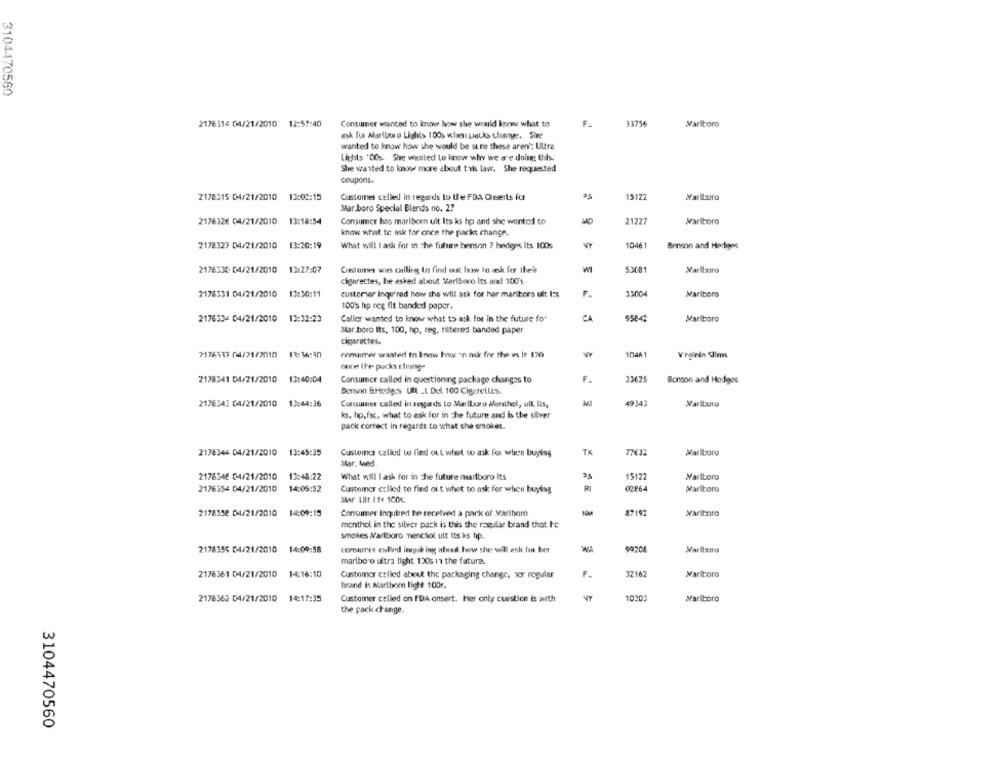
3104470560
2176316 04/21/2010 12:57:40
33756
Consumer wanted to know how she would know what to
Marlboro
ask for Marlboro Lidlits 100s when packs changer. Siee
wanted to know how she would be sure these aren': Ultra
Lights "OOs. She wanted to know why we are doing this.
She wanted to know more about this law. She requested
coupons.
2178315 04/21/2010 13:02:15
Customer celled in regards to the FDA Onverts fur
15122
Mar.boro Special Blends no. 27
2176326 04/21/2010 13:18:54
Consumer has marlboro uit Its iss hp and she wanted to
21227
Marlboro
know what to nik for once the packs change.
AN
13:20:19
10461
Benson and Hedges
2178327 04/21/2010
What will I ask for in the future benson 7 hedges Its 100
2176330 04/21/2010 13:27:07
Customes was calling In find out how to ask for the'
53081
cigarettes, he asked about Marlboro Its and 100's
2178331 04/21/2010
13:30:11
customer inqu'red how she will ask for her mariboro uit t:s
32004
Marlboro
100's hp reg fit banded paper.
2176334 04/21/2010
13:32:23
Callor wanted to know what to ask for in the future fo-
CA
9584
Marlboro
Mar boro Its, 100, hp, reg, filtered banded paper
cigarettes.
7178337 04/21/2010 12:36:30
contimer wanted to know howe on nok fre the vs Ir 120
VY
1046
V'rginin Slims
once Ihe pucks sung-
2178341 04/21/2010 13:40:04
Consumer called in questioning package changes to
F.
3362!
Bonson and Hodges
Benson &Hedges Ult LL Del 100 Cigarettes.
2178343 04/21/2010 13:44:36
Consumis called in regards to Marlboro Menthol, ull Ils,
4934
Marlboro
ks, hp, fsc, what to ask for in the future and is the silver
pack correct in regards to what she smokes.
2178346 04/21/2010 13:45:35
Customer called to find out what to ask for when buying
TK
77637
Mallloro
Mar. Med.
2178546 04/21/2010 13:48:22
What will I ask for in the future marlboro Its
15122
Marlboro
2176354 04/21/2010
RI
00864
Marlboro
14:05:52
Customer called to find out what to ask for when buying
Mar LIE Ite 100€
2178358 04/21/2010 14:09:15
Consumer Inquired he received a pack of Marlboro
8719:
monthol, in the silver pack is this the regular brand that Ic
smokes Marlboro nienchol ult Its ks hp.
2178355 04/21/2010 14:00:58
comunes called incik ing about how she will ask for bet
99708
marlboro ultra light 130s 11 the future.
2178361 04/21/2010 14:16:10
Customer called about the packaging change, wcy regular
3216
Marlboro
brand is Marthorn light 100r.
AN
2178362 04/21/2010 14:17:35
Customer called on FDA onsert. Her only cuestion is with
Marlboro
the pack change.
3104470560